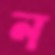
ন